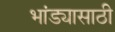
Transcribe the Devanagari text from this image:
भांड्यासाठी